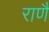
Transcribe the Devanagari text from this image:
राणै